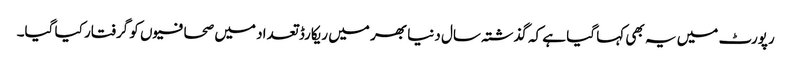
رپورٹ میں یہ بھی کہا گیا ہے کہ گذشتہ سال دنیا بھر میں ریکارڈ تعداد میں صحافیوں کو گرفتار کیا گیا۔